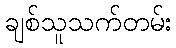
ချစ်သူသက်တမ်း